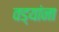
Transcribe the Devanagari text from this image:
वड्यांना